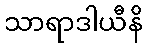
သာရာဒါယီနိ